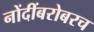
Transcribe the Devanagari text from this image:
नोंदींबरोबरच